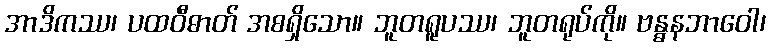
အာဒိကဿ၊ ပထဝီဓာတ် အစရှိသော။ ဘူတရူပဿ၊ ဘူတရုပ်ကို။ ဗန္ဓနဘာဝေါ၊